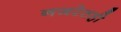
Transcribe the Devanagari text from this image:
नजरेतही